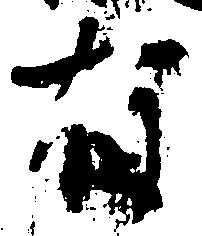
有